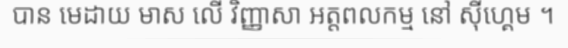
បាន មេដាយ មាស លើ វិញ្ញាសា អត្តពលកម្ម នៅ ស៊ីហ្គេម ។